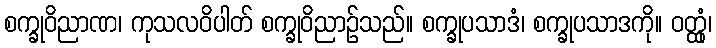
စက္ခုဝိညာဏ၊ ကုသလဝိပါတ် စက္ခုဝိညာဉ်သည်။ စက္ခုပသာဒံ၊ စက္ခုပသာဒကို။ ဝတ္ထုံ၊